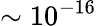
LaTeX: \sim 10^{-16}